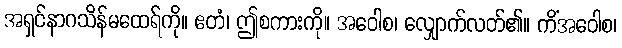
အရှင်နာဂသိန်မထေရ်ကို။ ဧတံ၊ ဤစကားကို။ အဝေါစ၊ လျှောက်လတ်၏။ ကိံအဝေါစ၊